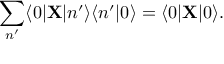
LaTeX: \sum _ { n ^ { \prime } } \langle 0 | { \bf X } | n ^ { \prime } \rangle \langle n ^ { \prime } | 0 \rangle = \langle 0 | { \bf X } | 0 \rangle .